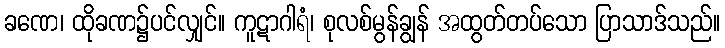
ခဏေ၊ ထိုခဏ၌ပင်လျှင်။ ကူဋာဂါရံ၊ စုလစ်မွန်ချွန် အထွတ်တပ်သော ပြာသာဒ်သည်။